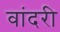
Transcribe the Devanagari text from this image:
वांदरी